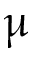
\upmu